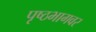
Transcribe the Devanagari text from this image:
पृष्ठभागवर